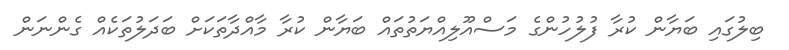
ބިލުގައި ބަޔާން ކުރާ ފުލުހުންގެ މަސްއޫލިއްޔަތުތައް ބަޔާން ކުރާ މާއްދާތަކަށް ބަދަލުތަކެއް ގެންނަން